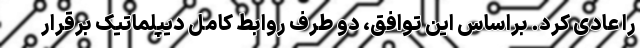
را عادی کرد. براساس این توافق، دو طرف روابط کامل دیپلماتیک برقرار